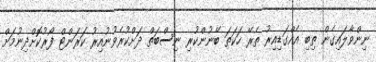
ނިންވާލައިގެން ތިބި އެއްގަޑިއިރު ތެރޭ ހަކަތަ ބޭނުންކުރި ނިސްބަތް ދަށްކުރެވުނުއިރު ކަރަންޓް ފޯރުކޮށްދިނުމަށް